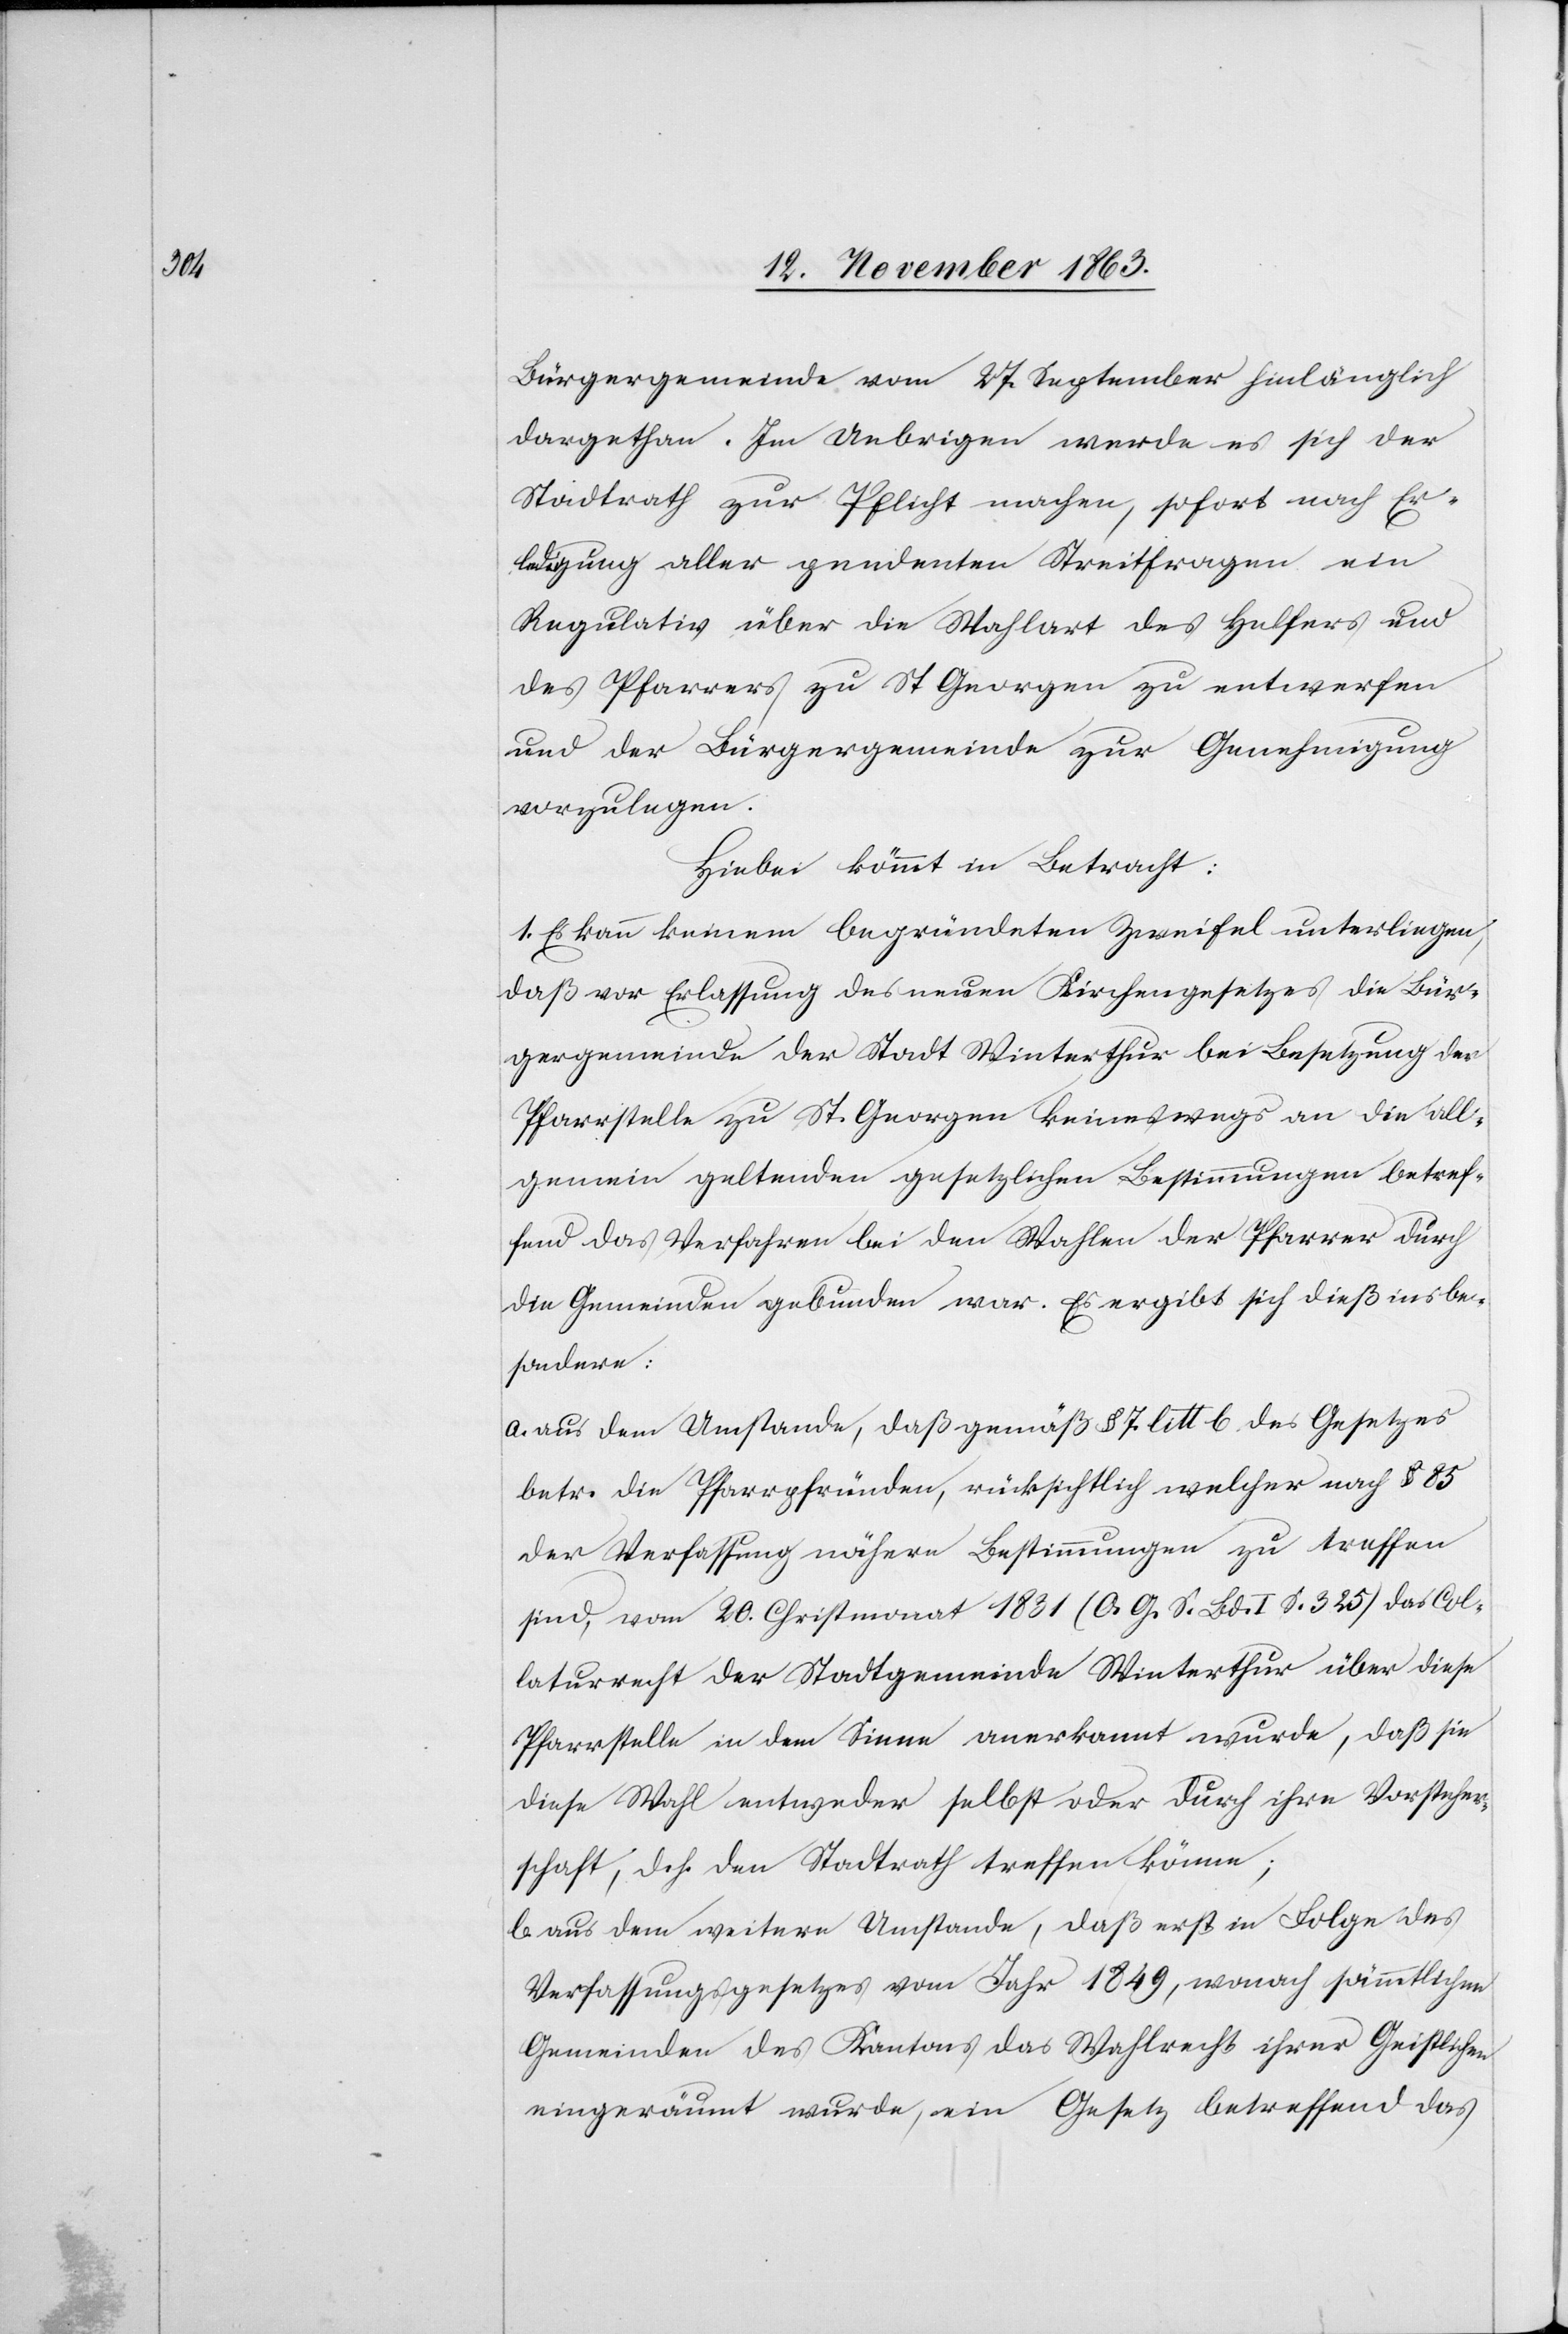
Bürgergemeinde vom 27. September hinlänglich
dargethan. Im Uebrigen werde es sich der
Stadtrath zur Pflicht machen, sofort nach Er¬
ledigung aller pendenten Streitfragen ein
Regulativ über die Wahlart des Helfers und
des Pfarrers zu St Georgen zu entwerfen
und der Bürgergemeinde zur Genehmigung
vorzulegen.
Hiebei kömmt in Betracht:
1. Es kann keinem begründeten Zweifel unterliegen,
daß vor Erlassung des neuen Kirchengesetzes die Bür¬
gergemeinde der Stadt Winterthur bei Besetzung der
Pfarrstelle zu St. Georgen keineswegs an die all¬
gemein geltenden gesetzlichen Bestimmungen betref¬
fend das Verfahren bei den Wahlen der Pfarrer durch
die Gemeinden gebunden war. Es ergibt sich dieß insbe¬
sondere:
a. aus dem Umstande, daß gemäß § 7 litt b des Gesetzes
betr. die Pfarrpfründen, rücksichtlich welcher nach § 85
der Verfassung nähere Bestimmungen zu treffen
sind, vom 20. Christmonat 1831 (O. G. S. Bd. I S. 325) das Col¬
laturrecht der Stadtgemeinde Winterthur über diese
Pfarrstelle in dem Sinne anerkannt wurde, daß sie
diese Wahl entweder selbst oder durch ihre Vorsteher¬
schaft, dch. den Stadtrath treffen könne;
b. aus dem weitern Umstande, daß erst in Folge des
Verfassungsgesetzes vom Jahr 1849, wonach sämmtlichen
Gemeinden des Kantons das Wahlrecht ihrer Geistlichen
eingeräumt wurde, ein Gesetz betreffend das